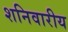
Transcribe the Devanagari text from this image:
शनिवारीय